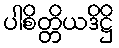
ပါစိတ္တိယဒိဋ္ဌိ